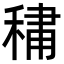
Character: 𮃒